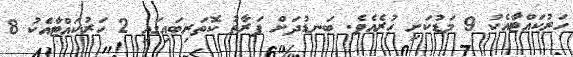
ހަރުކައްޓާއެކު 9 މަޑުކަށި ހުރެއެވެ. ބަނޑުދަށް ފަރާތު ކޮތަރިބައިގައި 2 ހަރުކައްޓާއެކު 8